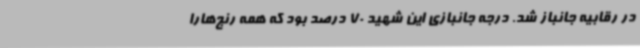
در رقابیه جانباز شد. درجه جانبازی این شهید 70 درصد بود که همه رنج‌هارا